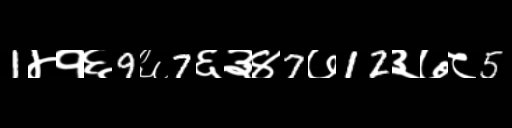
Text: 1४१६9६7६३४7७12३७८5